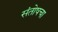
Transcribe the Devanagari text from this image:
संतोषचा